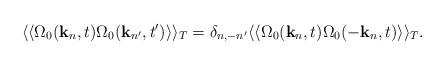
LaTeX: \begin{align*}\langle \langle \Omega_0({\bf k}_n,t)\Omega_0({\bf k}_{n'},t') \rangle \rangle_T = \delta_{n, - n'}\langle \langle \Omega_0({\bf k}_n,t)\Omega_0(-{\bf k}_n,t) \rangle \rangle_T.\end{align*}